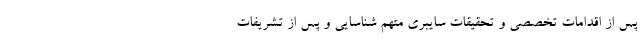
پس از اقدامات تخصصی و تحقیقات سایبری متهم شناسایی و پس از تشریفات